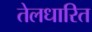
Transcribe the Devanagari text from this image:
तेलधारित